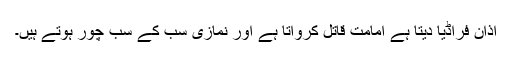
اذان فراڈیا دیتا ہے امامت قاتل کرواتا ہے اور نمازی سب کے سب چور ہوتے ہیں۔